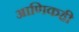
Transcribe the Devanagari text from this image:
आणिकही